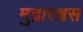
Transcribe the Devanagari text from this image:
मुद्रारक्षस